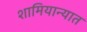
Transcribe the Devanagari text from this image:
शामियान्यात